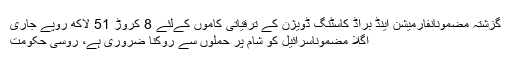
گزشتہ مضمونانفارمیشن اینڈ براڈ کاسٹنگ ڈویژن کے ترقیاتی کاموں کےلئے 8 کروڑ 51 لاکھ روپے جاری
اگلا مضموناسرائیل کو شام پر حملوں سے روکنا ضروری ہے، روسی حکومت